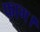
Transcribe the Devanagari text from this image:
फाग।